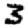
Digit: 3